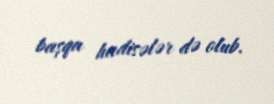
başqa hadisələr də olub.